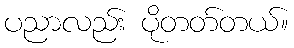
ပညာလည်း ပိုတတ်တယ်။